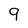
Character: 9